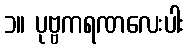
၁။ ပုဗ္ဗကရဏလေးပါး